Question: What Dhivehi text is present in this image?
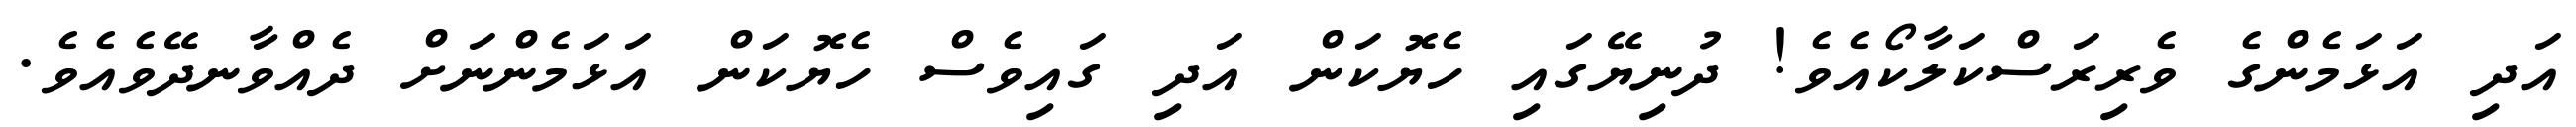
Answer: އަދި އަޅަމެންގެ ވެރިރަސްކަލާކޯއެވެ! ދުނިޔޭގައި ހެޔޮކަން އަދި ގައިވެސް ހެޔޮކަން އަޅަމެންނަށް ދެއްވާނދޭވެއެވެ.